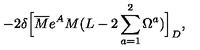
- 2 \delta \Bigl [ \overline { M } e ^ { A } M ( L - 2 \sum _ { a = 1 } ^ { 2 } { \Omega ^ { a } } ) \Bigr ] _ { D } ,